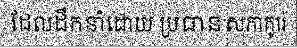
ដែលដឹកនាំដោយ ប្រធានសភាកូរ៉េ